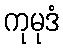
ကုမုဒံ